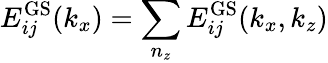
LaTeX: E_{ij}^{\mathrm{GS}}(k_{x})=\sum_{n_{z}}E_{ij}^{\mathrm{GS}}(k_{x},k_{z})